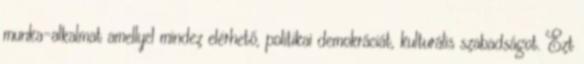
munka-alkalmat amellyel mindez elérhető, politikai demokráciát, kulturális szabadságot. Ezt